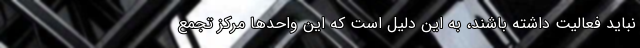
نباید فعالیت داشته باشند، به این دلیل است که این واحدها مرکز تجمع